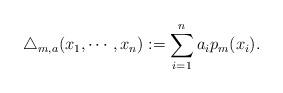
LaTeX: \begin{align*}\triangle_{m,a}(x_{1}, \cdots , x_{n}):=\sum_{i=1}^{n}a_{i}p_{m}(x_{i}).\end{align*}